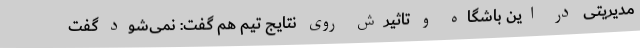
مدیریتی در این باشگاه و تاثیرش روی نتایج تیم هم گفت:‌ نمی‌شود گفت